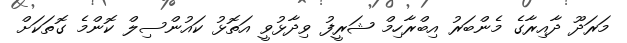
މަރަދޫ ދާއިރާގެ މެންބަރު އިބްރާހިމް ޝަރީފު ވިދާޅުވީ އަތޮޅު ކައުންސިލް ކޮންމެ ގޮތަކަށް